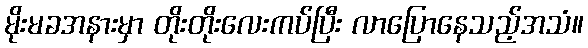
မိုးမခအနားမှာ တိုးတိုးလေးကပ်ပြီး လာပြောနေသည့်အသံ။